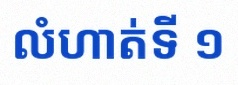
លំហាត់ទី ១